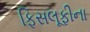
ફિસલૂફીના